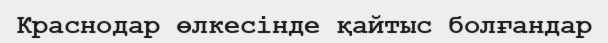
Краснодар өлкесінде қайтыс болғандар